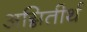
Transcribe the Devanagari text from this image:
अग्नितीर्थ